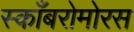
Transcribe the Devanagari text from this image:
स्काँबरोमोरस